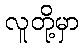
လူတို့မှာ